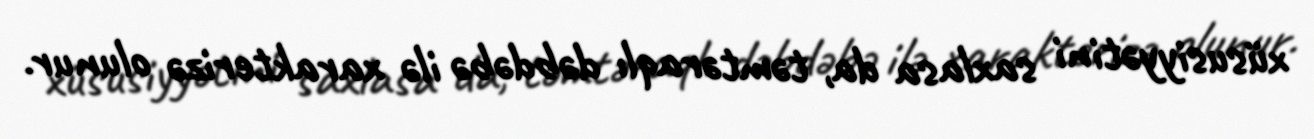
xüsusiyyətini saxlasa da, təmtəraqlı dəbdəbə ilə xarakterizə olunur.